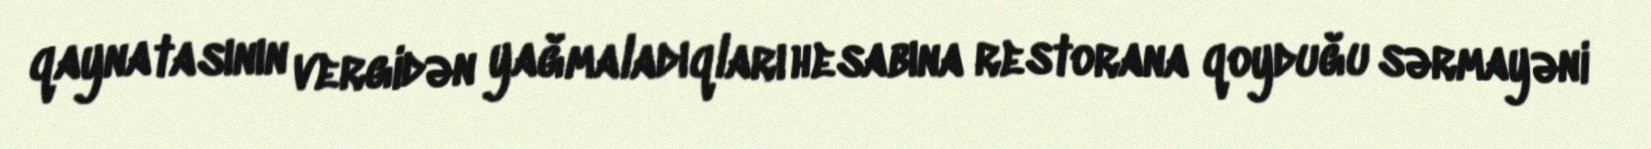
qaynatasının vergidən yağmaladıqları hesabına restorana qoyduğu sərmayəni